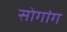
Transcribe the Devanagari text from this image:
सोगांग